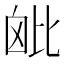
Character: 𣬈